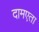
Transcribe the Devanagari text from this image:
दामएता